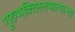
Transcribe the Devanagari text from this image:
गुरुभक्तिस्तथात्यान्ता